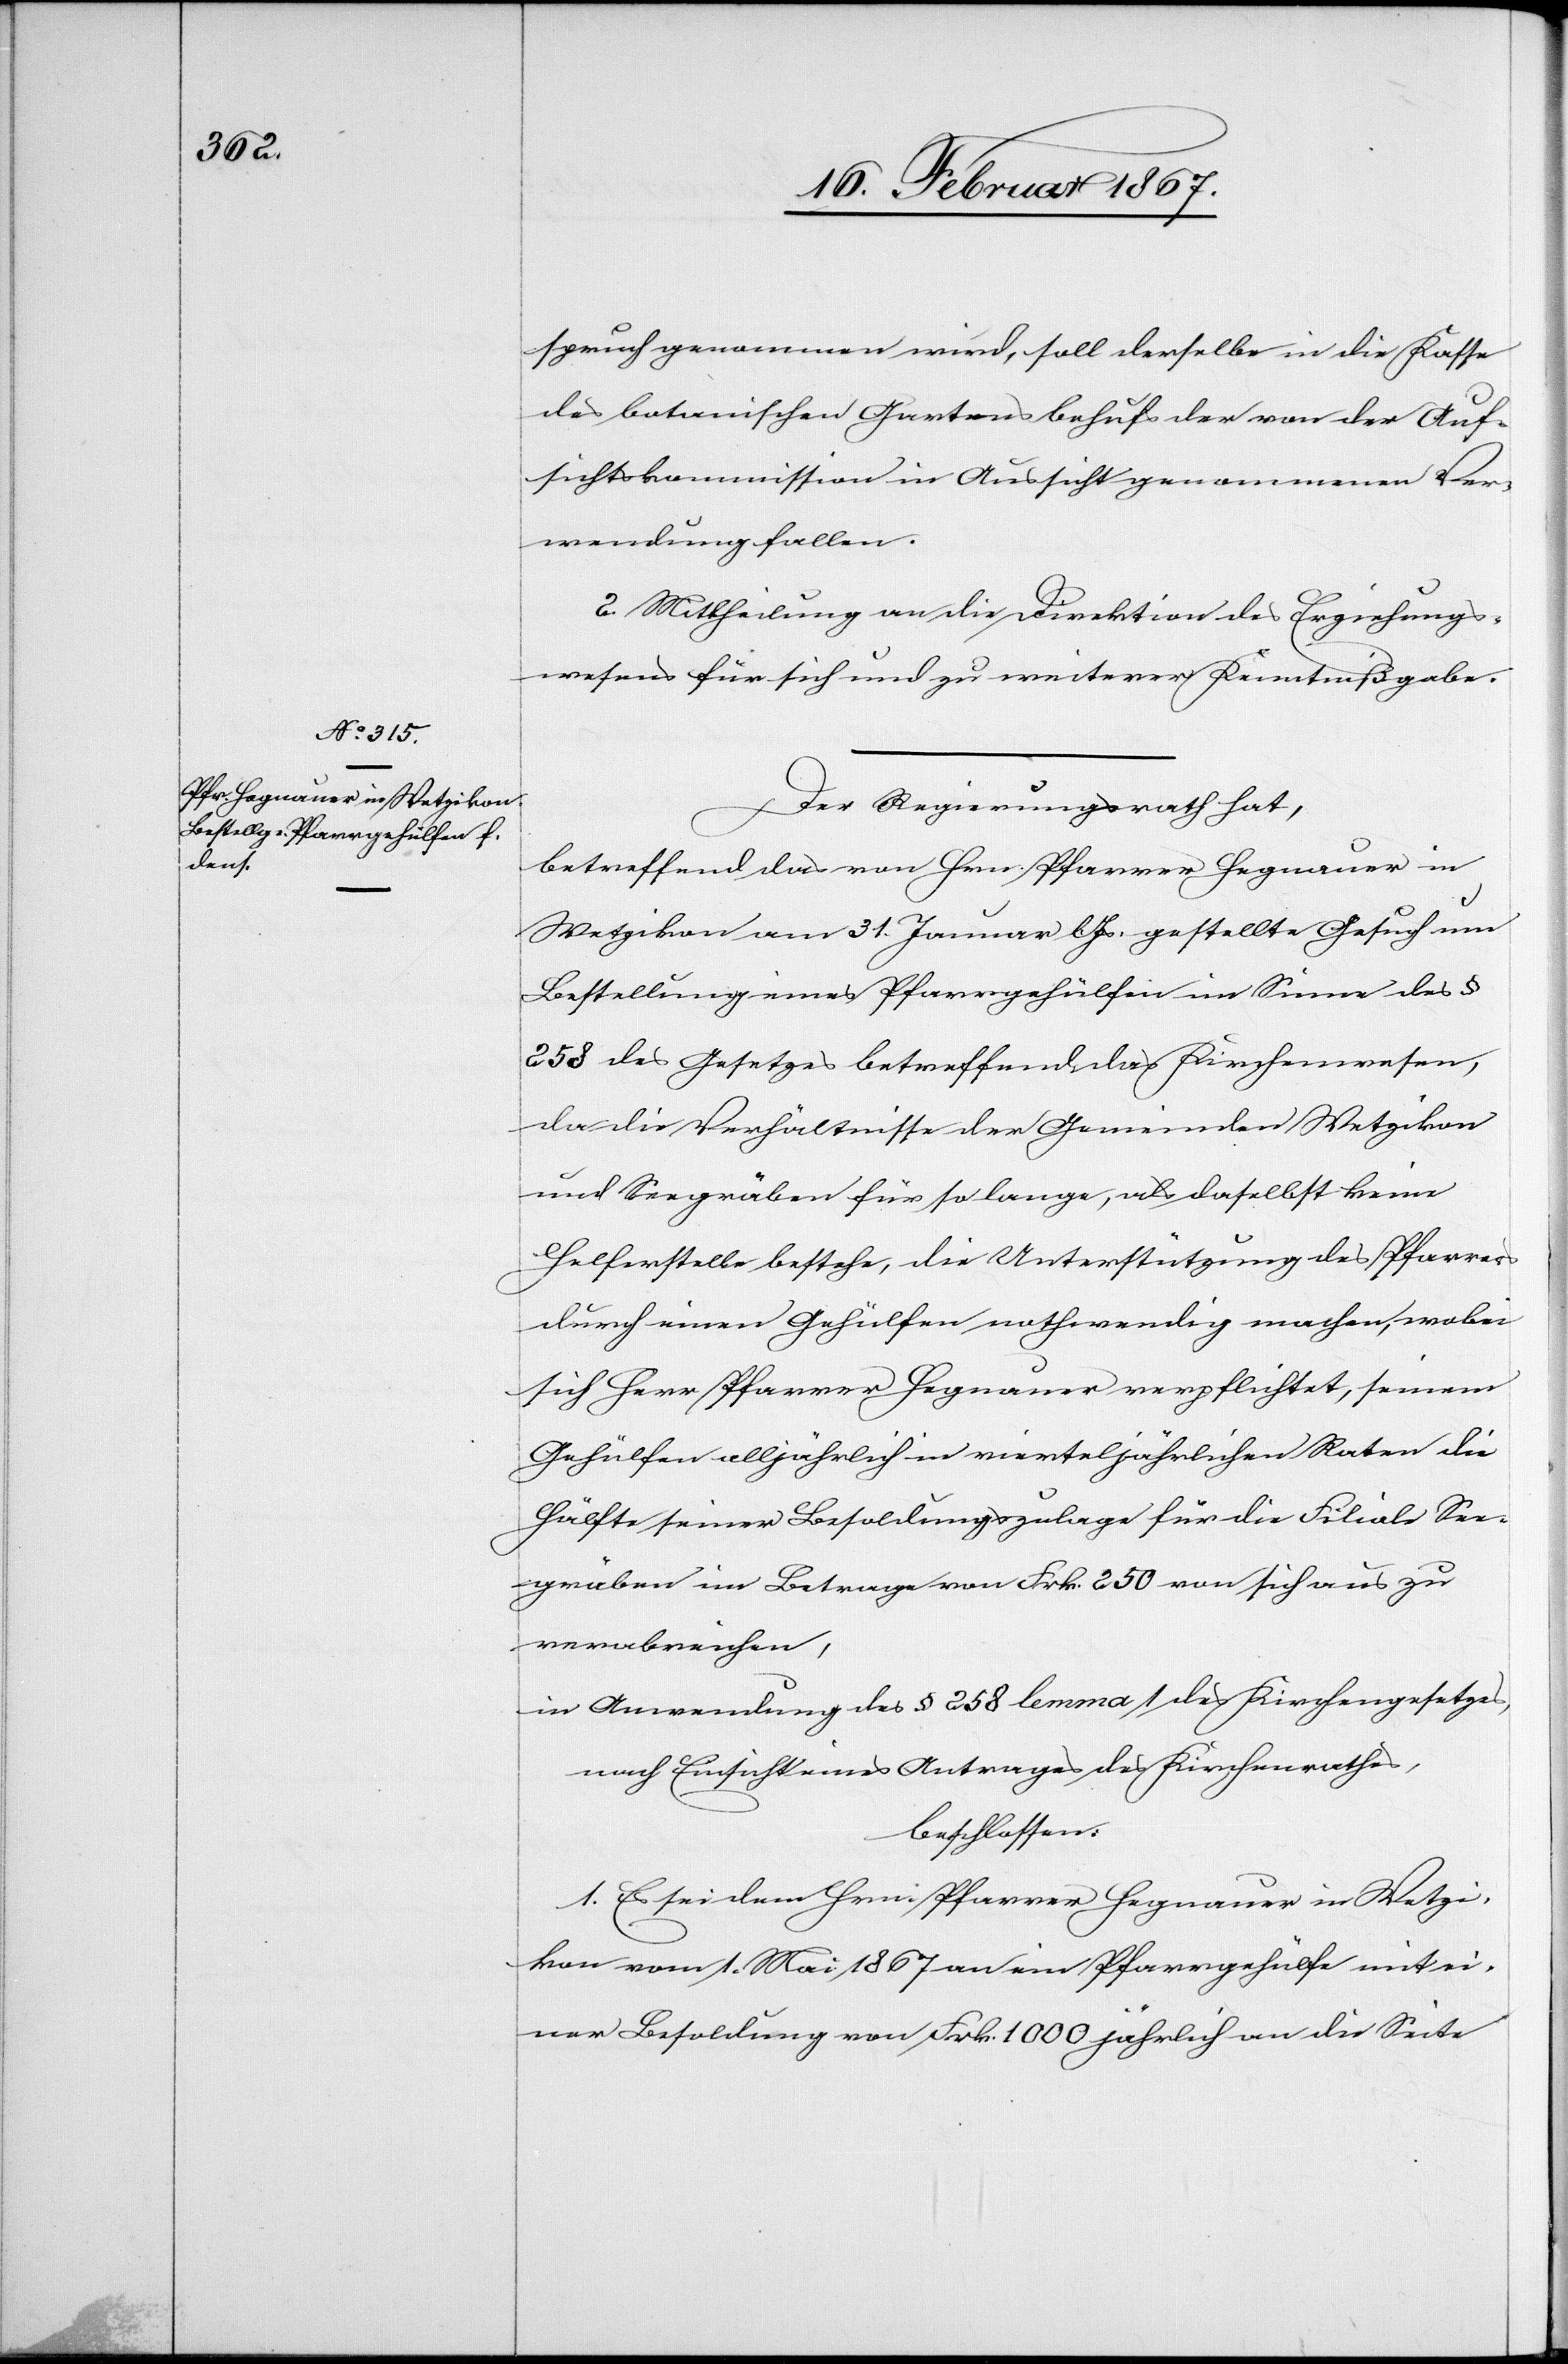
Der Regierungsrath hat,
betreffend das von Hrn. Pfarrer Hegnauer in
Wetzikon am 31. Januar l. Js. gestellte Gesuch um
Bestellung eines Pfarrgehülfen im Sinne des §
258 des Gesetzes betreffend das Kirchenwesen,
da die Verhältnisse der Gemeinden Wetzikon
und Seegräben für so lange, als daselbst keine
Helferstelle bestehe, die Unterstützung des Pfarrers
durch einen Gehülfen nothwendig machen, wobei
sich Herr Pfarrer Hegnauer verpflichtet, seinem
Gehülfen alljährlich in vierteljährlichen Raten die
Hälfte seiner Besoldungszulage für die Filiale See¬
gräben im Betrage von Frk. 250 von sich aus zu
verabreichen,
in Anwendung des § 258 lemma 1 des Kirchengesetzes,
nach Einsicht eines Antrages des Kirchenrathes,
beschlossen:
1. Es sei dem Hrn. Pfarrer Hegnauer in Wetzi¬
kon vom 1. Mai 1867 an ein Pfarrgehülfe mit ei¬
ner Besoldung von Frk. 1000 jährlich an die Seite